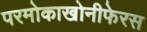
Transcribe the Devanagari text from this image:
परमोकाखोनीफेरस